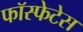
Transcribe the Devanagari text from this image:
फॉस्फेटेस